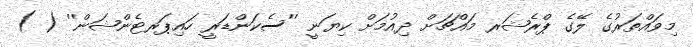
މިވައްތަރުގެ ލޭގެ ޕްރެޝަރ މައްޗަށް ދިއުމަށް ކިޔަނީ ''ސެކަންޑަރީ ހައިޕަރޓެންޝަން'' ( )